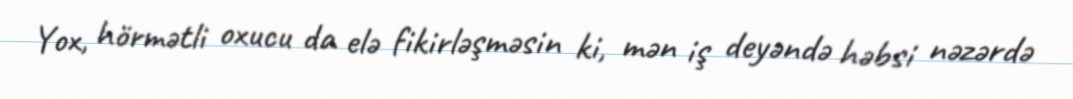
Yox, hörmətli oxucu da elə fikirləşməsin ki, mən iş deyəndə həbsi nəzərdə